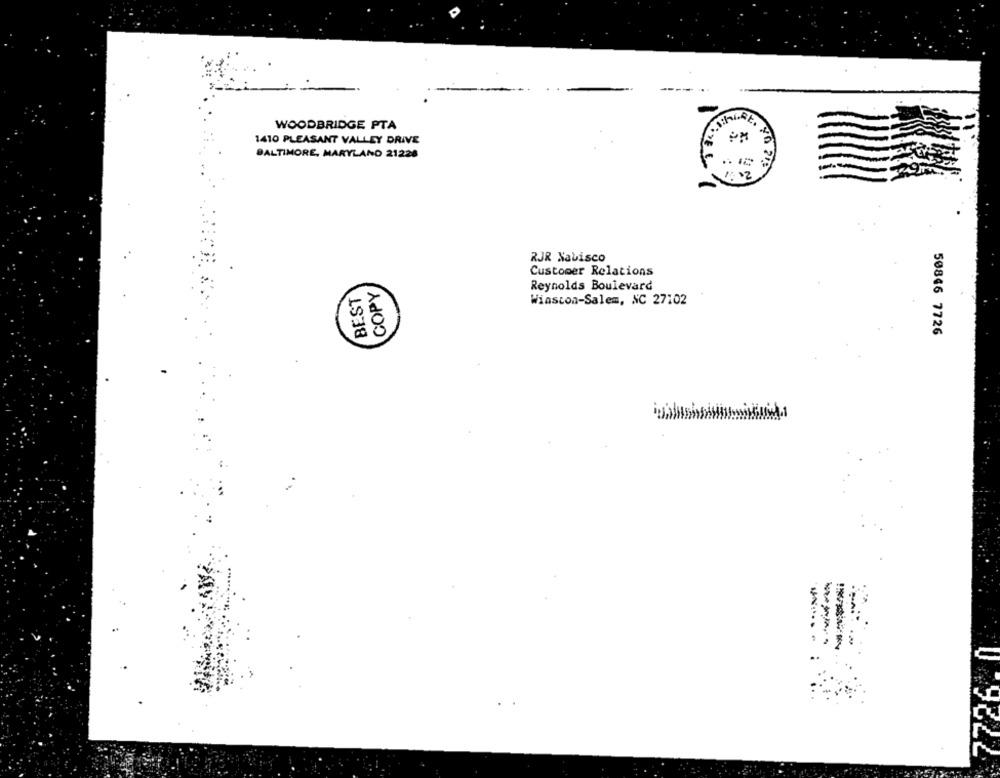
WOODBRIDGE PTA
1410 PLEASANT VALLEY DRIVE
x.
40
BALTIMORE, MARYLAND 21228
.. 12
1:02
RJR Nabisco
Customer Relations
BEST
COPY
Reynolds Boulevard
Winston-Salem, NC 27102
50846 7726
-.....